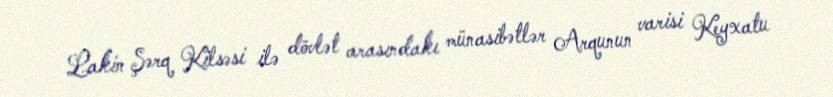
Lakin Şərq Kilsəsi ilə dövlət arasındakı münasibətlər Arqunun varisi Keyxatu